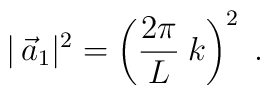
|\,\vec a_1|^2 = \left(\frac{2\pi}{L}\:k\right)^2 \; .